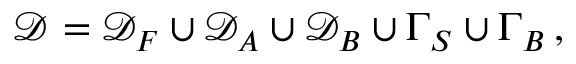
\mathcal { D } = \mathcal { D } _ { F } \cup \mathcal { D } _ { A } \cup \mathcal { D } _ { B } \cup \Gamma _ { S } \cup \Gamma _ { B } \, ,